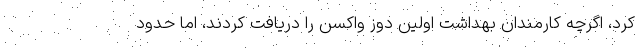
کرد، اگرچه کارمندان بهداشت اولین دوز واکسن را دریافت کردند، اما حدود